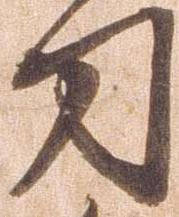
刀